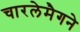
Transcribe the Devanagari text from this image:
चारलेमैगने